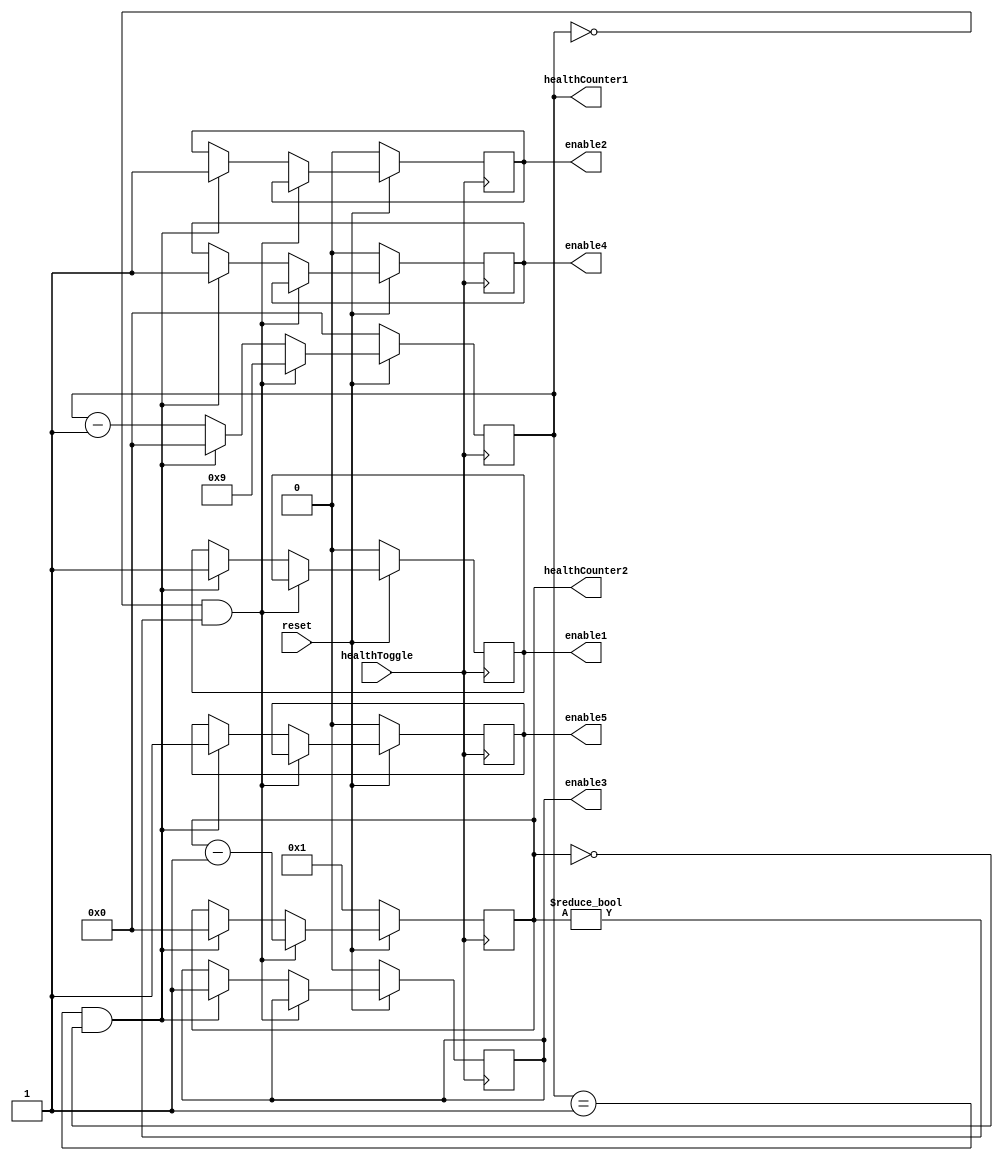
module healthSetter(

	input healthToggle, 
	
	input reset,
	
	output [3:0] healthCounter1,
	output [3:0] healthCounter2, 
	output enable1, 
	output enable2, 
	output enable3, 
	output enable4, 
	output enable5

);

	reg [3:0] healthCounter1Temp = 4'b0000;
	reg [3:0] healthCounter2Temp = 4'b0001;
	reg Enable1 = 0;
	reg Enable2 = 0;
	reg Enable3 = 0;
	reg Enable4 = 0;
	reg Enable5 = 0;
	
	always @ (posedge healthToggle) begin 
		if(healthCounter1Temp == 0 && healthCounter2Temp != 0) begin 
			healthCounter1Temp = 4'b1001;
			healthCounter2Temp = healthCounter2Temp - 4'b1;
		end
		else if (healthCounter1Temp == 1 && healthCounter2Temp == 0) begin 
			Enable1 = 1;
			Enable2 = 1;
			Enable3 = 1;
			Enable4 = 1;
			Enable5 = 1;
			healthCounter1Temp = 4'b0;
			healthCounter2Temp = 4'b0;
		end
		else begin 
			healthCounter1Temp = healthCounter1Temp - 4'b1;	
		end
		
		if(!reset) begin
			healthCounter1Temp = 4'b0000;
			healthCounter2Temp = 4'b0001;
			Enable1 = 0;
			Enable2 = 0;
			Enable3 = 0;
			Enable4 = 0;
			Enable5 = 0;
		end
		
	end

	
	assign healthCounter1 = healthCounter1Temp;
	assign healthCounter2 = healthCounter2Temp;
	assign enable1 = Enable1;
	assign enable2 = Enable2;
	assign enable3 = Enable3;
	assign enable4 = Enable4;
	assign enable5 = Enable5;

endmodule